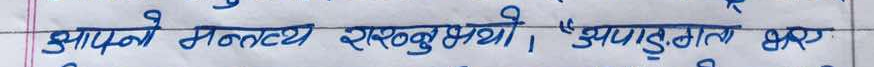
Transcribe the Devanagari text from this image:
आफ्नो मनन्त्य राख्नु थियो। झेवाडाँडामा एक